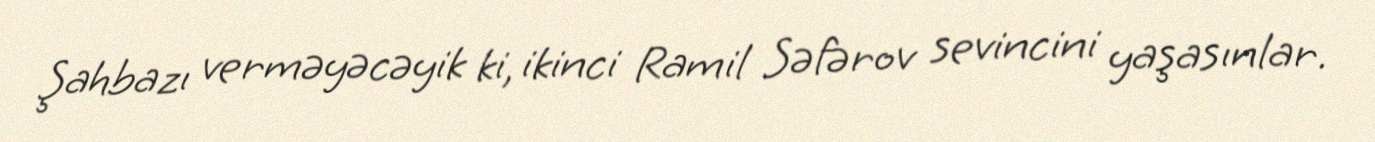
Şahbazı verməyəcəyik ki, ikinci Ramil Səfərov sevincini yaşasınlar.